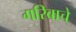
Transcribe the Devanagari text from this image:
गरिबाचे